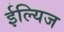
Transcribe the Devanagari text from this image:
ईल्यिज